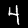
Label: 4